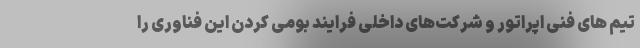
تیم های فنی اپراتور و شرکت‌های داخلی فرایند بومی کردن این فناوری را